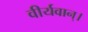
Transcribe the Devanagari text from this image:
वीर्यवान्।